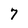
Character: 7